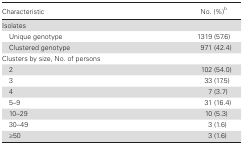
<table><thead><tr><td><b>Characteristic</b></td><td><b>No. (%)<sup>b</sup></b></td></tr></thead><tbody><tr><td>Isolates</td><td></td></tr><tr><td> Unique genotype</td><td>1319 (57.6)</td></tr><tr><td> Clustered genotype</td><td>971 (42.4)</td></tr><tr><td>Clusters by size, No. of persons</td><td></td></tr><tr><td> 2</td><td>102 (54.0)</td></tr><tr><td> 3</td><td>33 (17.5)</td></tr><tr><td> 4</td><td>7 (3.7)</td></tr><tr><td> 5–9</td><td>31 (16.4)</td></tr><tr><td> 10–29</td><td>10 (5.3)</td></tr><tr><td> 30–49</td><td>3 (1.6)</td></tr><tr><td> ≥50</td><td>3 (1.6)</td></tr></tbody></table>